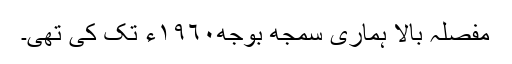
مفصلہ بالا ہماری سمجھ بوجھ١٩٦٠ء تک کی تھی۔